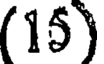
(15)